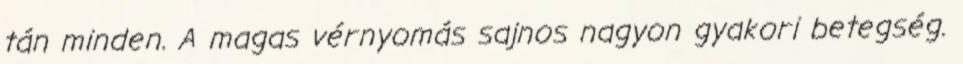
tán minden. A magas vérnyomás sajnos nagyon gyakori betegség.